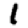
Digit: 1